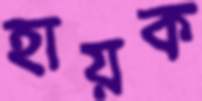
হায়ক